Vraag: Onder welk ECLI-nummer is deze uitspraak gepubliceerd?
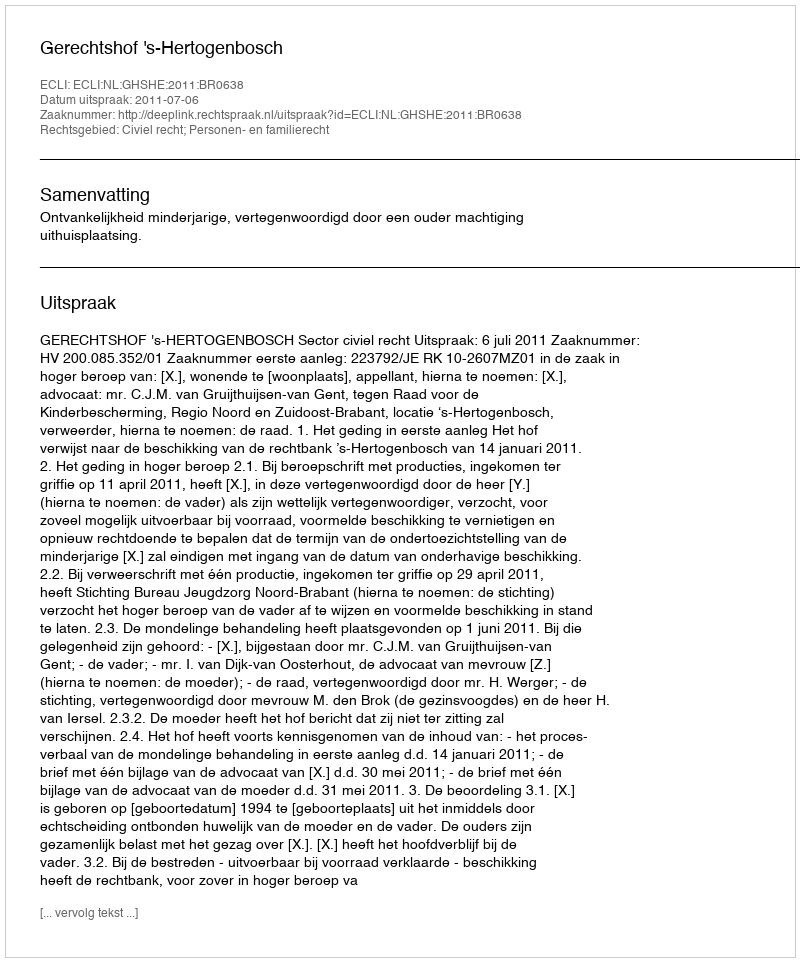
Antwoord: ECLI:NL:GHSHE:2011:BR0638